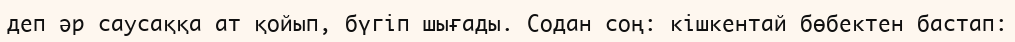
деп әр саусаққа ат қойып, бүгiп шығады. Содан соң: кiшкентай бөбектен бастап: